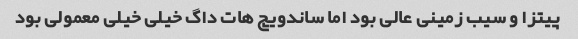
پیتزا و سیب زمینی عالی بود اما ساندویچ هات داگ خیلی خیلی معمولی بود